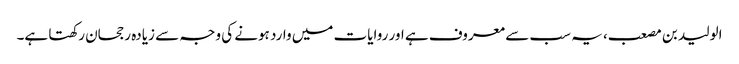
الولید بن مصعب، یہ سب سے معروف ہے اور روایات میں وارد ہونے کی وجہ سے زیادہ رجحان رکھتا ہے۔